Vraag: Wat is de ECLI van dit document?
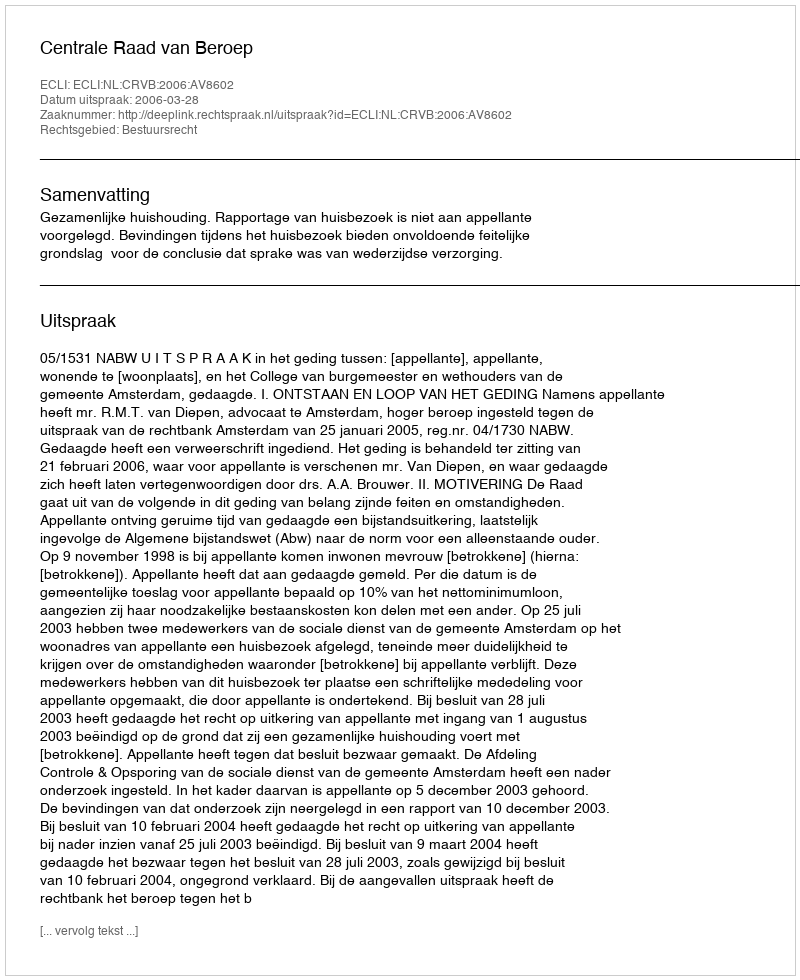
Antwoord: ECLI:NL:CRVB:2006:AV8602